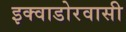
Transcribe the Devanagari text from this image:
इक्वाडोरवासी